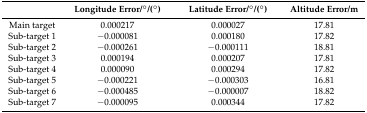
<table><thead><tr><td></td><td><b>Longitude Error/°/(°)</b></td><td><b>Latitude Error/°/(°)</b></td><td><b>Altitude Error/m</b></td></tr></thead><tbody><tr><td>Main target</td><td>0.000217</td><td>0.000027</td><td>17.81</td></tr><tr><td>Sub-target 1</td><td>−0.000081</td><td>0.000180</td><td>17.82</td></tr><tr><td>Sub-target 2</td><td>−0.000261</td><td>−0.000111</td><td>18.81</td></tr><tr><td>Sub-target 3</td><td>0.000194</td><td>0.000207</td><td>17.81</td></tr><tr><td>Sub-target 4</td><td>0.000090</td><td>0.000294</td><td>17.82</td></tr><tr><td>Sub-target 5</td><td>−0.000221</td><td>−0.000303</td><td>16.81</td></tr><tr><td>Sub-target 6</td><td>−0.000485</td><td>−0.000007</td><td>18.82</td></tr><tr><td>Sub-target 7</td><td>−0.000095</td><td>0.000344</td><td>17.82</td></tr></tbody></table>